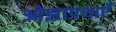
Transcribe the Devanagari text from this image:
ओझाप्रथाएँ